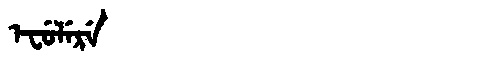
Manchu: ᡝᠸᡠᠯᡝᡵᡝ
Romanization: EFULERE